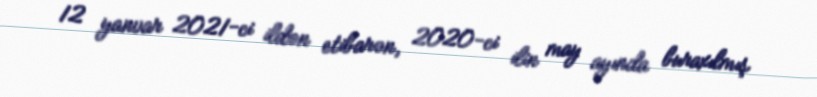
12 yanvar 2021-ci ildən etibarən, 2020-ci ilin may ayında buraxılmış